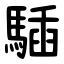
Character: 䮢